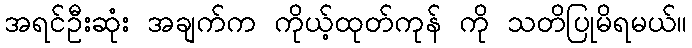
အရင်ဦးဆုံး အချက်က ကိုယ့်ထုတ်ကုန် ကို သတိပြုမိရမယ်။